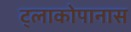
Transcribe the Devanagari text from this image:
ट्लाकोपानास